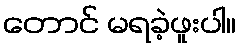
တောင် မရခဲ့ဖူးပါ။